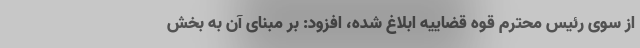
از سوی رئیس محترم قوه قضاییه ابلاغ شده، افزود: بر مبنای آن به بخش